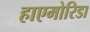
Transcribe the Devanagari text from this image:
हाएमोरिडा